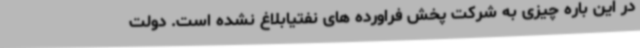
در این باره چیزی به شرکت پخش فراورده های نفتیابلاغ نشده است. دولت